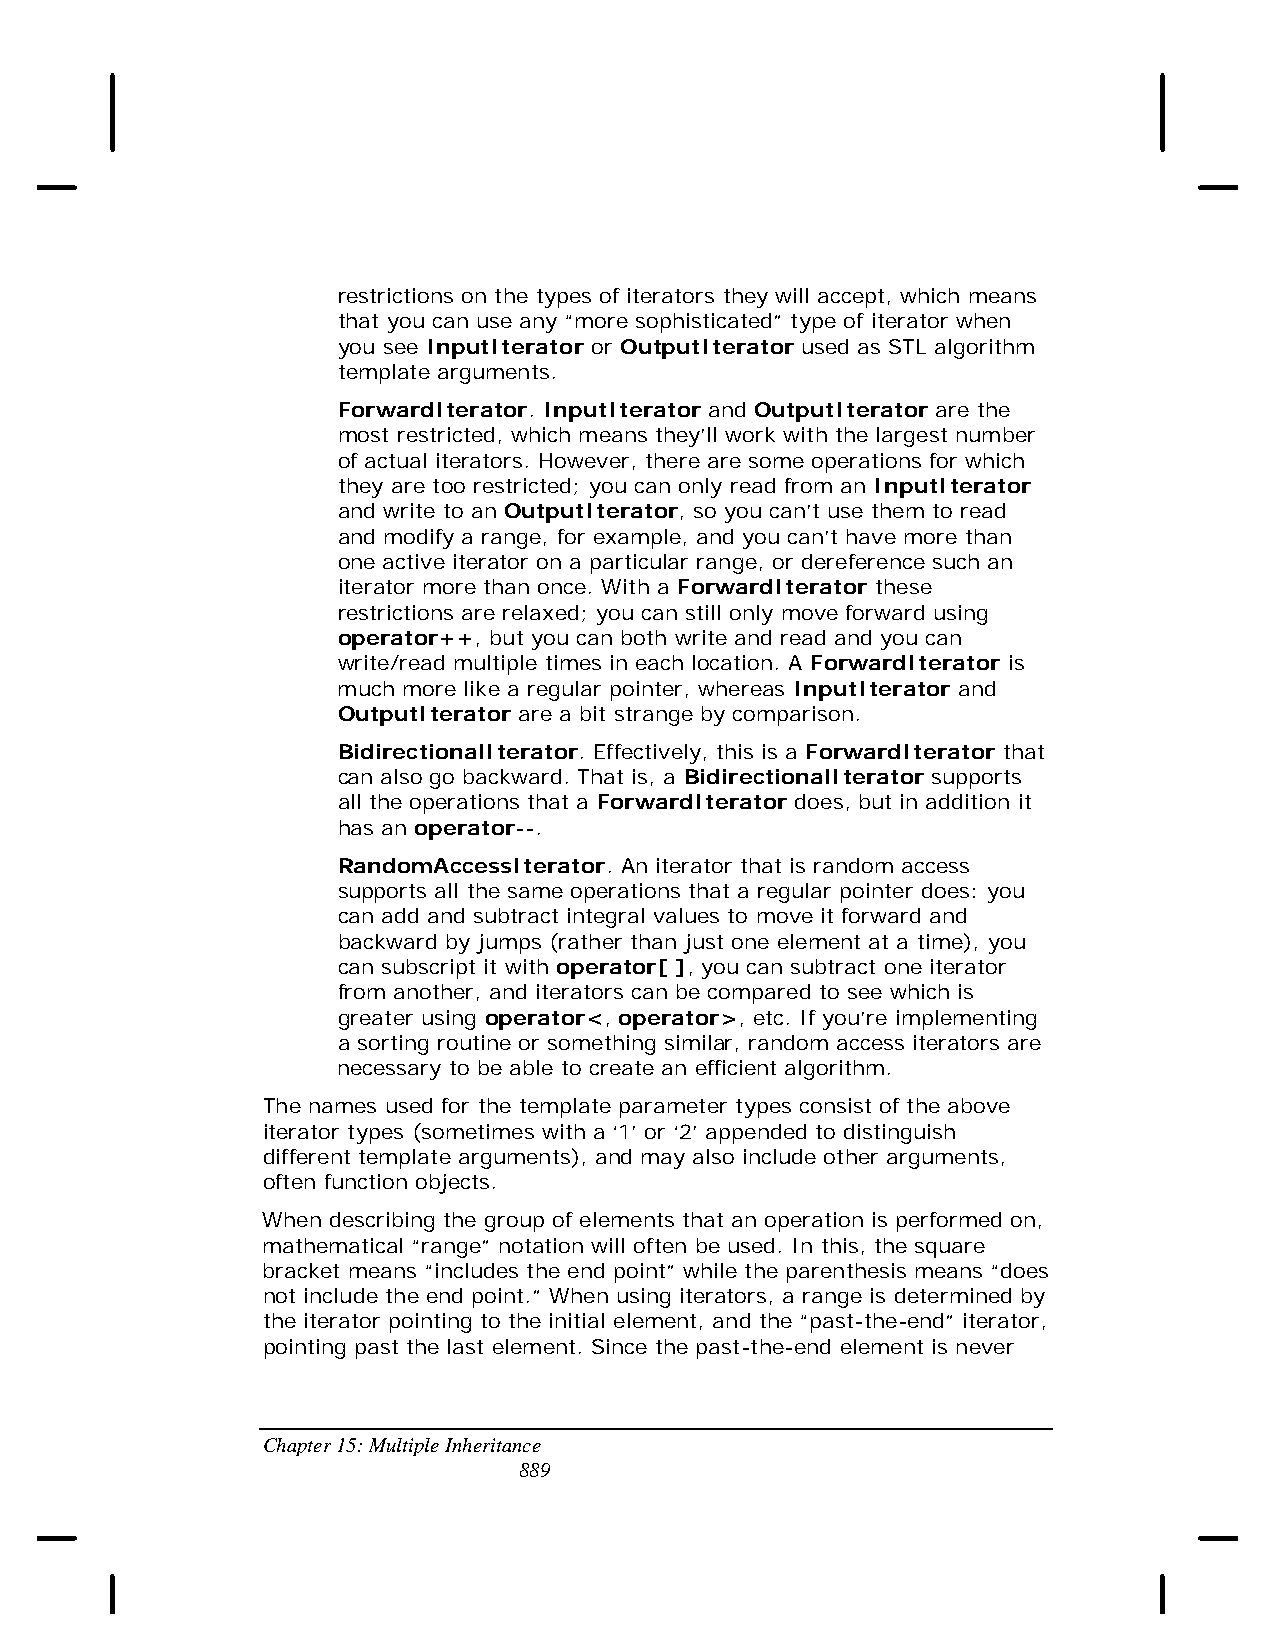
restrictions on the types of iterators they will accept, which means
 that you can use any “more sophisticated” type of iterator when
 you see InputIterator or OutputIterator used as STL algorithm
 template arguments.
 ForwardIterator. InputIterator and OutputIterator are the
 most restricted, which means they’ll work with the largest number
 of actual iterators. However, there are some operations for which
 they are too restricted; you can only read from an InputIterator
 and write to an OutputIterator, so you can’t use them to read
 and modify a range, for example, and you can’t have more than
 one active iterator on a particular range, or dereference such an
 iterator more than once. With a ForwardIterator these
 restrictions are relaxed; you can still only move forward using
 operator++, but you can both write and read and you can
 write/read multiple times in each location. A ForwardIterator is
 much more like a regular pointer, whereas InputIterator and
 OutputIterator are a bit strange by comparison.
 BidirectionalIterator. Effectively, this is a ForwardIterator that
 can also go backward. That is, a BidirectionalIterator supports
 all the operations that a ForwardIterator does, but in addition it
 has an operator--.
 RandomAccessIterator. An iterator that is random access
 supports all the same operations that a regular pointer does: you
 can add and subtract integral values to move it forward and
 backward by jumps (rather than just one element at a time), you
 can subscript it with operator[ ], you can subtract one iterator
 from another, and iterators can be compared to see which is
 greater using operator<, operator>, etc. If you’re implementing
 a sorting routine or something similar, random access iterators are
 necessary to be able to create an efficient algorithm.
 The names used for the template parameter types consist of the above
 iterator types (sometimes with a ‘1’ or ‘2’ appended to distinguish
 different template arguments), and may also include other arguments,
 often function objects.
 When describing the group of elements that an operation is performed on,
 mathematical “range” notation will often be used. In this, the square
 bracket means “includes the end point” while the parenthesis means “does
 not include the end point.” When using iterators, a range is determined by
 the iterator pointing to the initial element, and the “past-the-end” iterator,
 pointing past the last element. Since the past-the-end element is never
 Chapter 15: Multiple Inheritance
 889